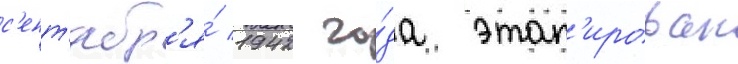
с'ент'ябр'я́ 1942 го́да этап'ирован